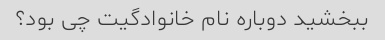
ببخشید دوباره نام خانوادگیت چی بود؟